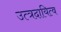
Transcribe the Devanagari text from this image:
उत्त्रदायित्व